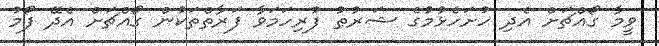
ވީމާ ގޯއްޗަށް އެދި ހުށަހެޅުމުގެ ޝަރުޠު ފުރިހަމަވާ ފަރާތްތަކުން ގޯއްޗަށް އެދޭ ފޯމު